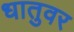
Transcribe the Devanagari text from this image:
धातुवर